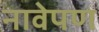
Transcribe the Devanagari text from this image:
नावेपण